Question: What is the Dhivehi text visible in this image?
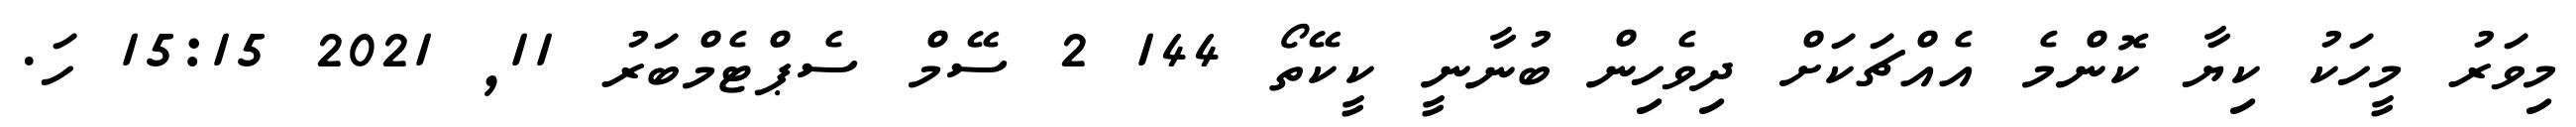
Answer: މިވަރު މީހަކު ކިޔާ ކޮންމެ އެއްޗަކަށް ދިވެހިން ބުނާނީ ކީކޭތޯ 144 2 ސޭމް ސެޕްޓެމްބަރު 11, 2021 15:15 ހަ.